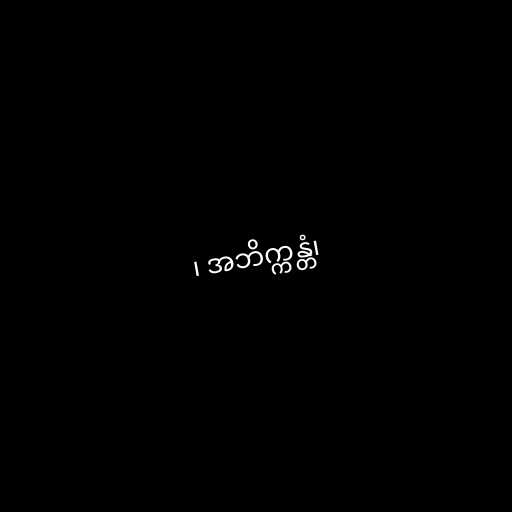
၊ အဘိက္ကန္တံ၊